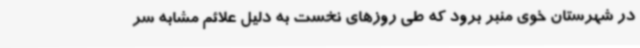
در شهرستان خوی منبر برود که طی روزهای نخست به دلیل علائم مشابه سر